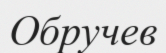
Обручев